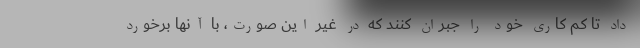
داد تا کم کاری خود را جبران کنند که در غیر این صورت، با آنها برخورد